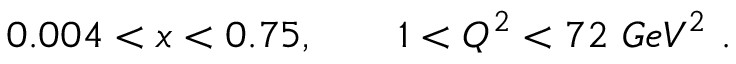
0 . 0 0 4 < x < 0 . 7 5 , ~ ~ ~ ~ ~ ~ 1 < Q ^ { 2 } < 7 2 ~ G e V ^ { 2 } ~ .